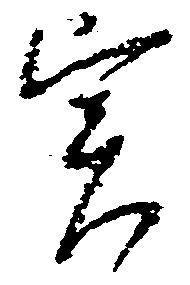
実